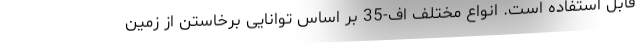
قابل استفاده است. انواع مختلف اف-35 بر اساس توانایی برخاستن از زمین